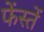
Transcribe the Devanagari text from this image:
फेंस्तें